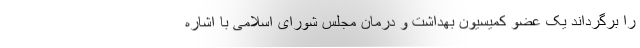
را برگرداند یک عضو کمیسیون بهداشت و درمان مجلس شورای اسلامی با اشاره